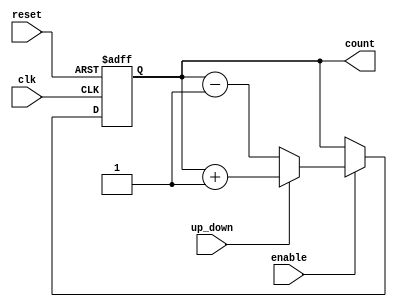
module UpDownCounter #(
    parameter WIDTH = 8 // Parameter to define the bit width of the counter
)(
    input wire clk,         // Clock signal
    input wire reset,       // Asynchronous reset
    input wire up_down,     // Control signal for counting direction (1 for up, 0 for down)
    input wire enable,      // Enable signal for counting
    output reg [WIDTH-1:0] count // Current counter value
);

// Asynchronous reset to zero
always @(posedge clk or posedge reset) begin
    if (reset) begin
        count <= 0; // Reset counter to zero
    end else if (enable) begin
        if (up_down) begin
            // Increment count
            count <= count + 1;
        end else begin
            // Decrement count
            count <= count - 1;
        end
    end
end

endmodule